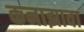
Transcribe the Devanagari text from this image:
कनाझावा